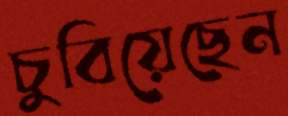
চুবিয়েছেন